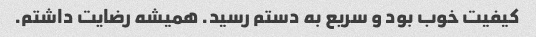
کیفیت خوب بود و سریع به دستم رسید. همیشه رضایت داشتم.